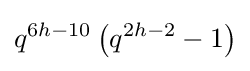
q^{6h-10}\left(q^{2h-2}-1\right)